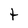
Character: t